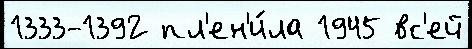
1333-1392 пл'ен'и́ла 1945 вс'ей